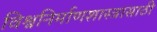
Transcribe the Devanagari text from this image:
विश्वनिर्माणशास्त्रासाठी